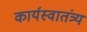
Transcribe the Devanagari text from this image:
कार्यस्वातंत्र्य